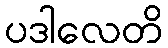
ပဒါလေတိ